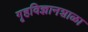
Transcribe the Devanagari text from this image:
गृहविज्ञानशाळा